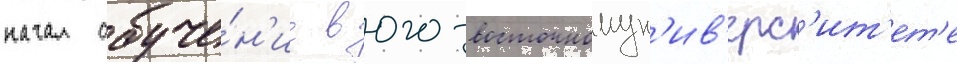
начал обуче́н'ие в юго-восточномун'ив'ерс'ит'ет'е